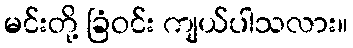
မင်းတို့ ခြံဝင်း ကျယ်ပါသလား။